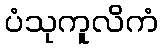
ပံသုကူလိကံ